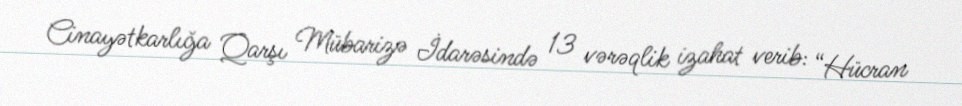
Cinayətkarlığa Qarşı Mübarizə İdarəsində 13 vərəqlik izahat verib: “Hücran